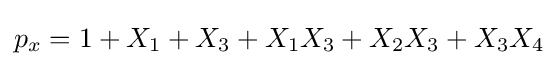
{\textstyle p_{x}=1+X_{1}+X_{3}+X_{1}X_{3}+X_{2}X_{3}+X_{3}X_{4}}